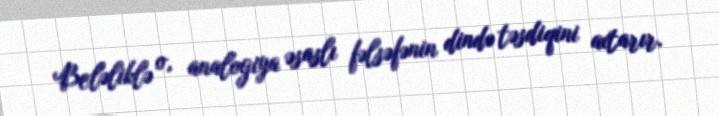
Beləliklə o, analogiya əsaslı fəlsəfənin dində təsdiqini axtarır.